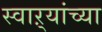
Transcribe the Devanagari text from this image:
स्वाऱ्यांच्या